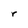
Character: r